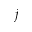
j